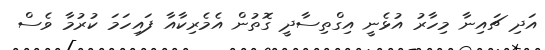
އަދި ޗައިނާ މިހާރު އުޅެނީ އިގްތިސާދީ ގޮތުން އެމެރިކާއާ ފައިހަމަ ކުރުމާ ވެސް